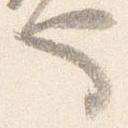
也